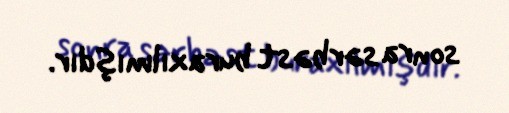
sonra sərbəst buraxılmışdır.